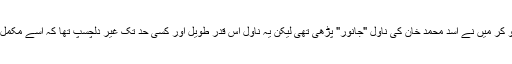
اس کہانی سے متاثر ہو کر میں نے اسد محمد خان کی ناول "جانور" پڑھی تھی لیکن یہ ناول اس قدر طویل اور کسی حد تک غیر دلچسپ تھا کہ اسے مکمل کرنا مشکل ہوگیا تھا ۔